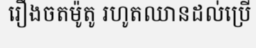
រឿងចតម៉ូតូ រហូតឈានដល់ប្រើ